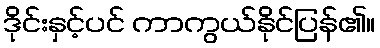
ဒိုင်းနှင့်ပင် ကာကွယ်နိုင်ပြန်၏။